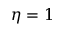
\eta = 1